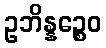
ဥဘိန္နဉ္စေဝ